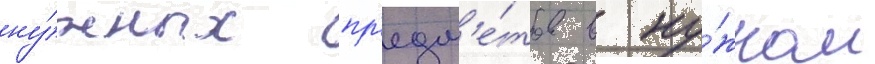
ну́жных пр'едм'е́тов в ну́жном